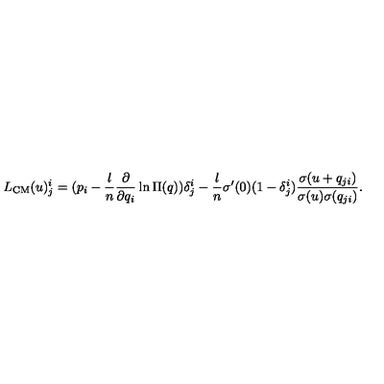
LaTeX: L _ { \mathrm { C M } } ( u ) _ { j } ^ { i } = ( p _ { i } - \frac { l } { n } \frac { \partial } { \partial q _ { i } } \ln \Pi ( q ) ) \delta _ { j } ^ { i } - \frac { l } { n } \sigma ^ { \prime } ( 0 ) ( 1 - \delta _ { j } ^ { i } ) \frac { \sigma ( u + q _ { j i } ) } { \sigma ( u ) \sigma ( q _ { j i } ) } .